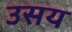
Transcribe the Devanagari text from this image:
उसय